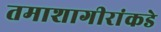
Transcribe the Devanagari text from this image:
तमाशागीरांकडे